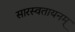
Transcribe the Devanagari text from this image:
सारस्वतायनम्